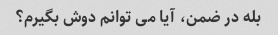
بله در ضمن، آیا می توانم دوش بگیرم؟